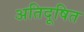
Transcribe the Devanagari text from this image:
अतिदूषित